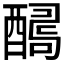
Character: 𨢫